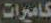
كاميرات